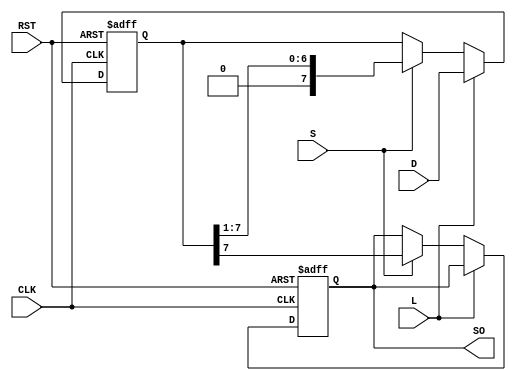
module loadable_piso #(
    parameter n = 8  // Width of the register (number of bits)
)(
    input wire [n-1:0] D,      // n-bit parallel data input
    input wire L,               // Load control signal
    input wire S,               // Shift control signal
    input wire CLK,             // Clock signal
    input wire RST,             // Asynchronous reset
    output reg SO               // Serial output
);

    // Storage elements: array of flip-flops
    reg [n-1:0] register; // n-bit register to hold data

    // Always block for synchronous load and shift operations
    always @(posedge CLK or posedge RST) begin
        if (RST) begin
            // Reset all flip-flops to 0
            register <= {n{1'b0}};
            SO <= 1'b0; // Optionally reset SO
        end else if (L) begin
            // Load data into the register
            register <= D;
        end else if (S) begin
            // Shift operation
            SO <= register[n-1]; // Serial output from the MSB
            register <= {1'b0, register[n-1:1]}; // Shift right, pad with 0
        end
    end

endmodule